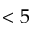
< 5